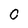
Character: 0